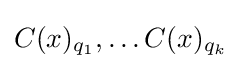
C(x)_{q_{1}},\ldots C(x)_{q_{k}}